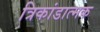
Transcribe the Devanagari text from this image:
त्रिकांडात्मक